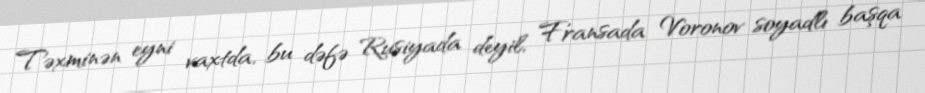
Təxminən eyni vaxtda, bu dəfə Rusiyada deyil, Fransada Voronov soyadlı başqa